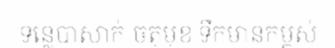
ទន្លេបាសាក់-ចតុមុខ ទឹកមានកម្ពស់